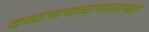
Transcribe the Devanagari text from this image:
दळणवळणातल्या